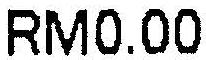
RM0.00